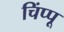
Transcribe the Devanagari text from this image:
चिंप्पू